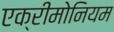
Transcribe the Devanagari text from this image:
एक्रीमोनियम